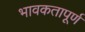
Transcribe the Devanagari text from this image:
भावकतापूर्ण